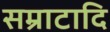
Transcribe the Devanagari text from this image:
सम्राटादि